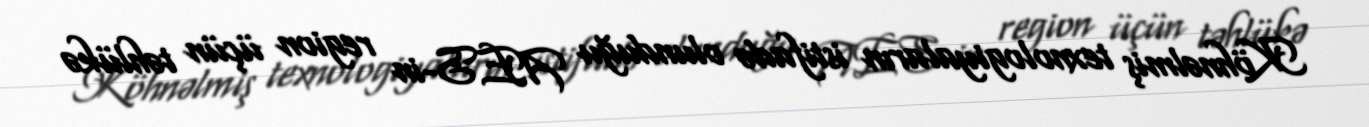
Köhnəlmiş texnologiyaların istifadə olunduğu AES-in region üçün təhlükə